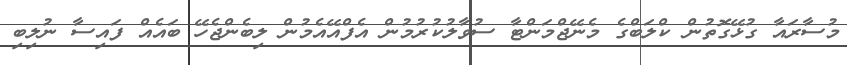
މުސާރައާ ގުޅޭގޮތުން ކްލަބްގެ މެނޭޖްމަންޓާ ސުވާލުކުރުމުން އެފްއޭއެމުން ލިބެންޖެހޭ ބައެއް ފައިސާ ނުލިބި